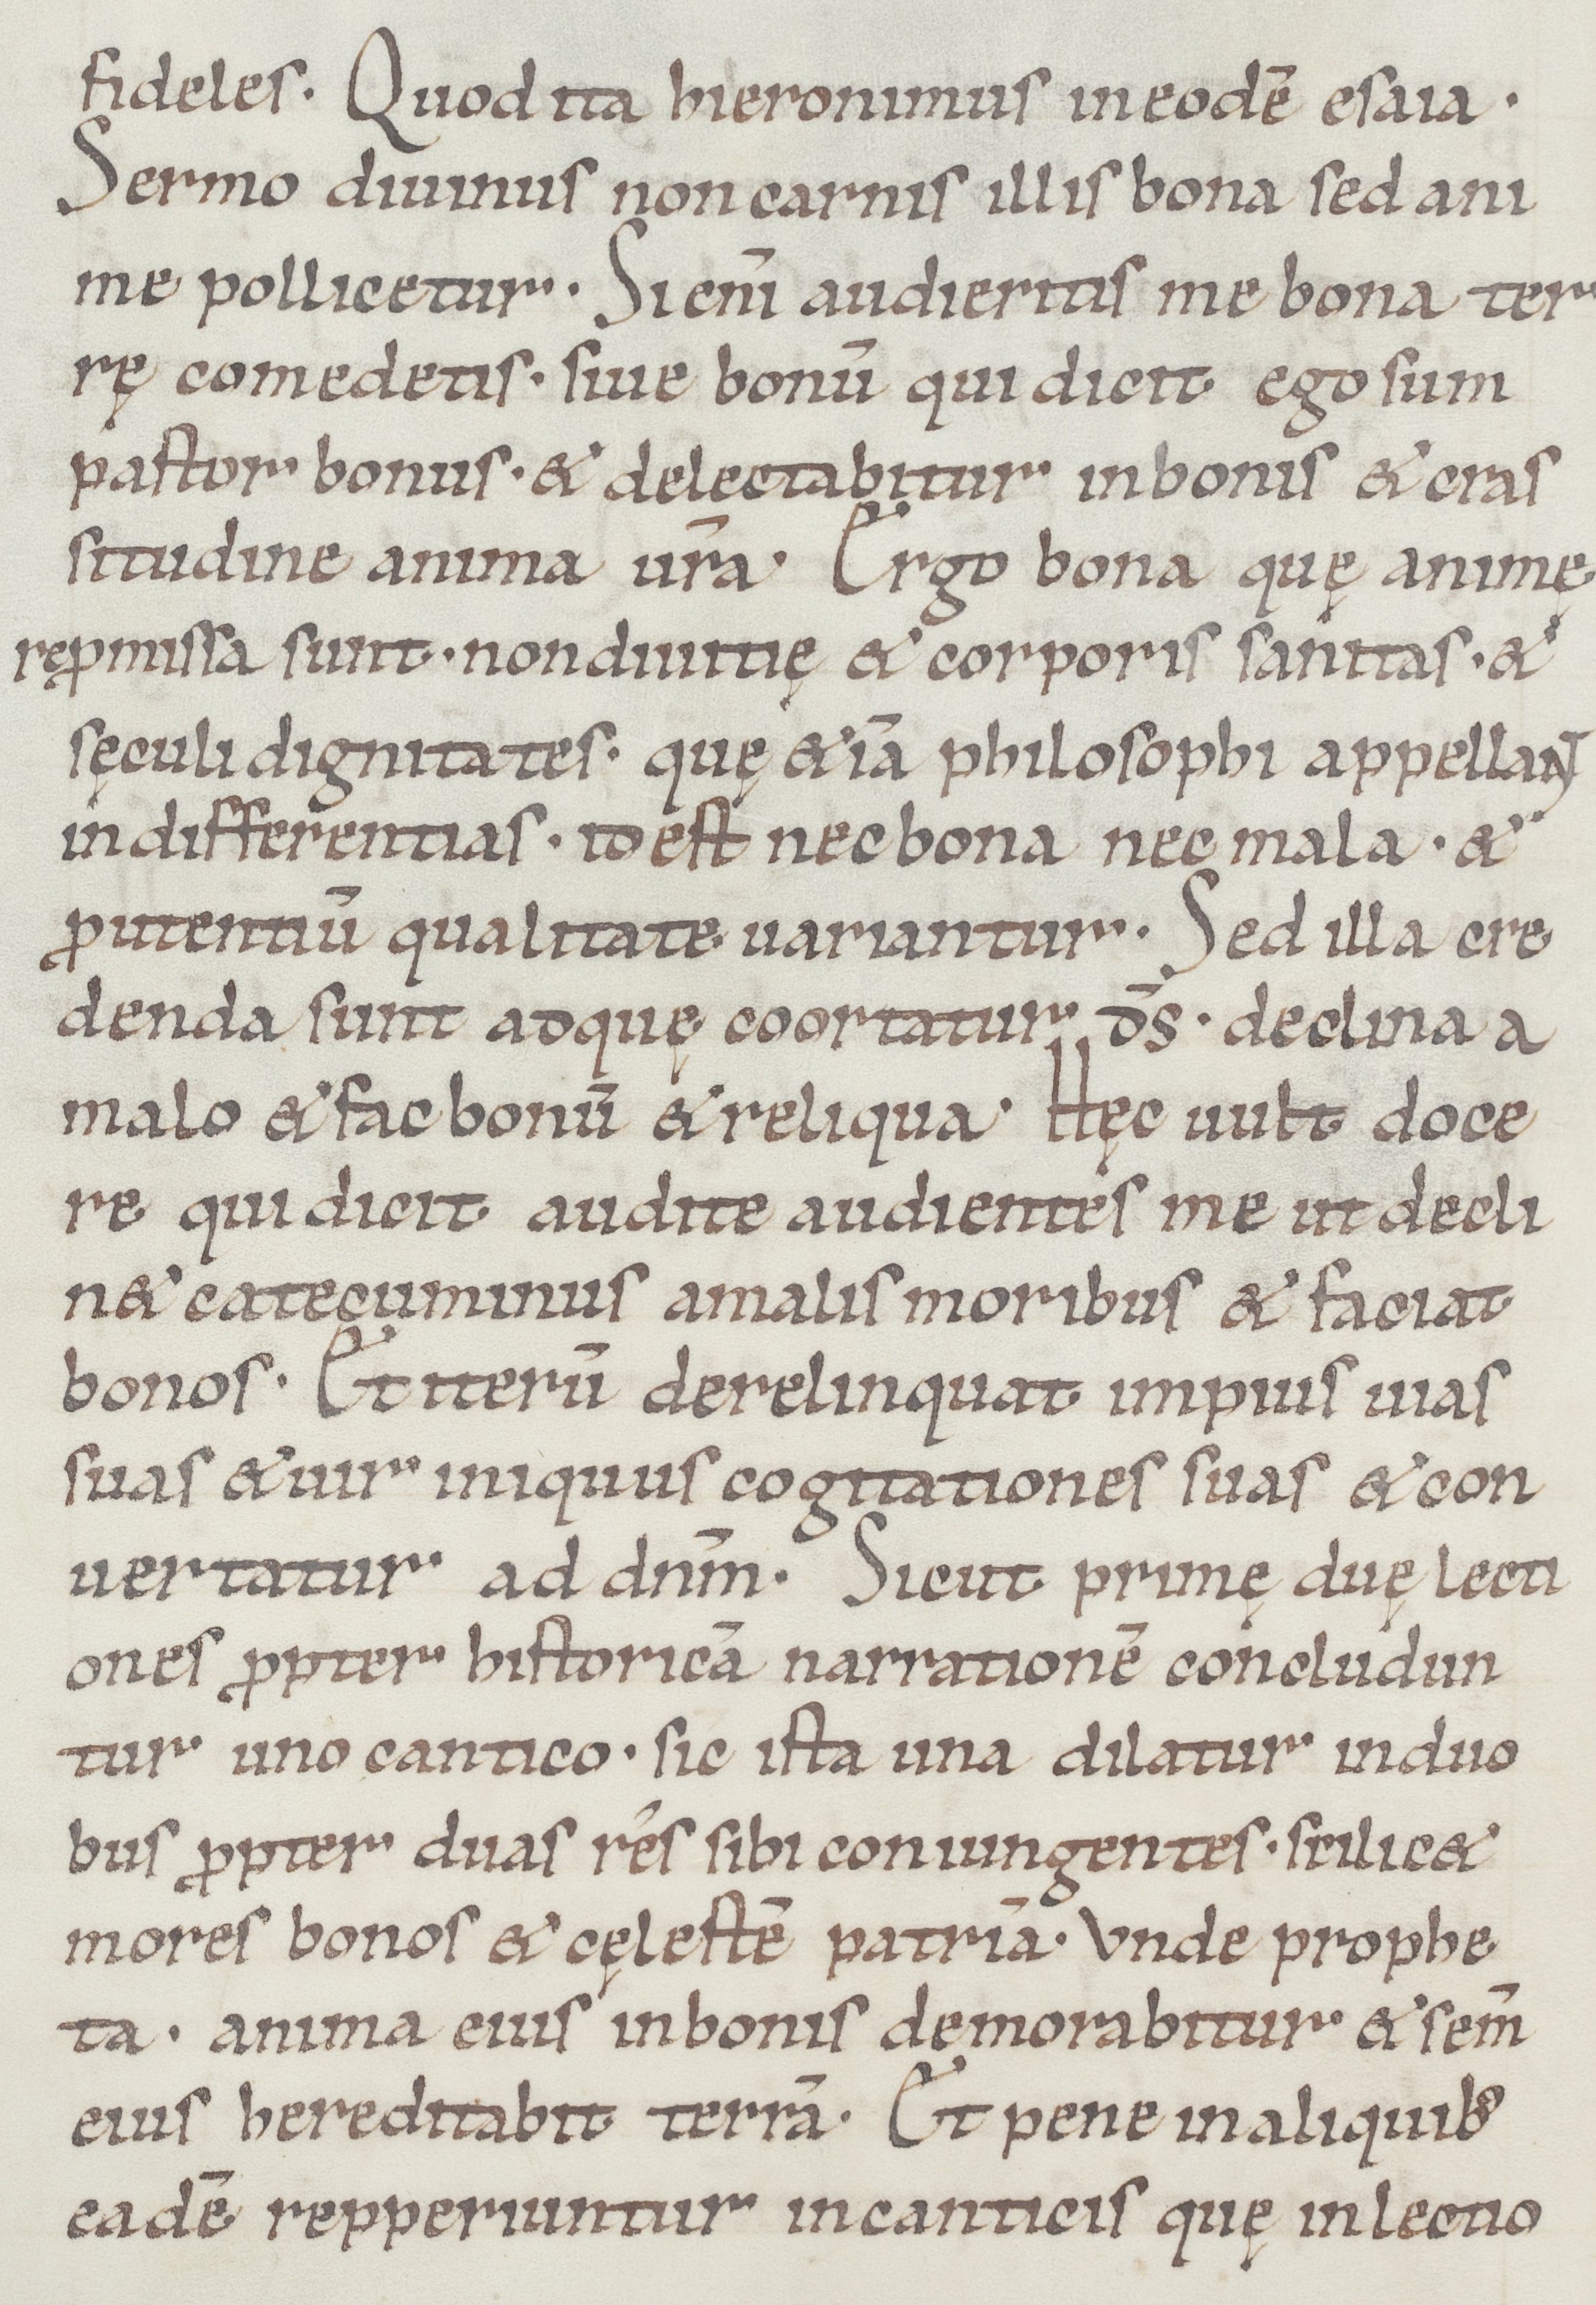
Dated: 1050–1099